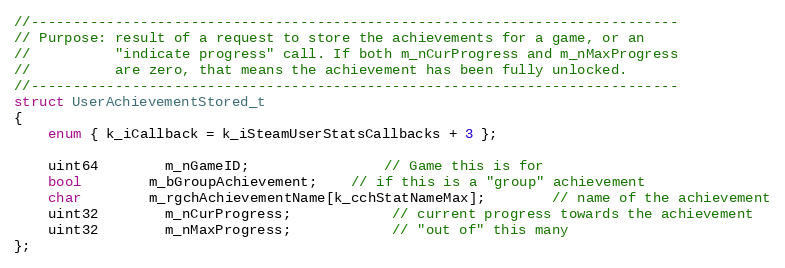
Language: C
//-----------------------------------------------------------------------------
// Purpose: result of a request to store the achievements for a game, or an
//			"indicate progress" call. If both m_nCurProgress and m_nMaxProgress
//			are zero, that means the achievement has been fully unlocked.
//-----------------------------------------------------------------------------
struct UserAchievementStored_t
{
	enum { k_iCallback = k_iSteamUserStatsCallbacks + 3 };

	uint64		m_nGameID;				// Game this is for
	bool		m_bGroupAchievement;	// if this is a "group" achievement
	char		m_rgchAchievementName[k_cchStatNameMax];		// name of the achievement
	uint32		m_nCurProgress;			// current progress towards the achievement
	uint32		m_nMaxProgress;			// "out of" this many
};